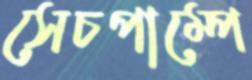
সেচপাম্পে